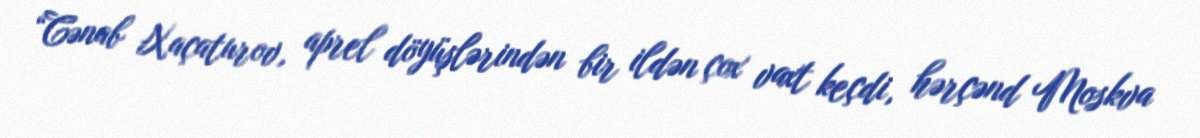
“Cənab Xaçaturov, aprel döyüşlərindən bir ildən çox vaxt keçdi, hərçənd Moskva